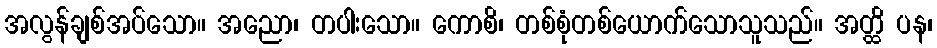
အလွန်ချစ်အပ်သော။ အညော၊ တပါးသော။ ကောစိ၊ တစ်စုံတစ်ယောက်သောသူသည်။ အတ္ထိ ပန၊